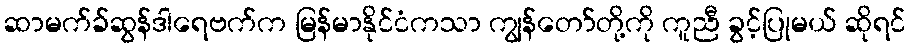
ဆာမက်ခ်ဆွန်ဒါရေဗက်က မြန်မာနိုင်ငံကသာ ကျွန်တော်တို့ကို ကူညီ ခွင့်ပြုမယ် ဆိုရင်